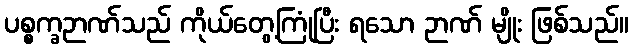
ပစ္စက္ခဉာဏ်သည် ကိုယ်တွေ့ကြုံပြီး ရသော ဉာဏ် မျိုး ဖြစ်သည်။